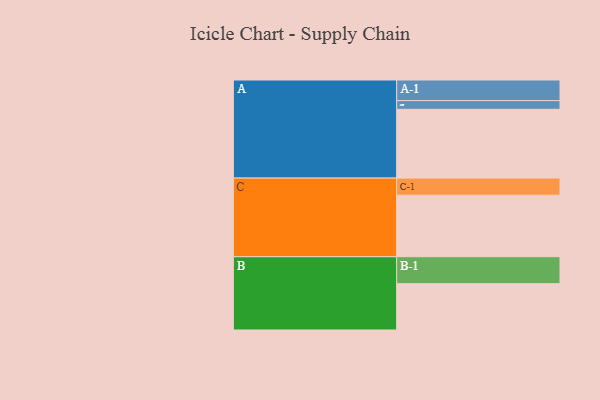
{"axis": {"x": "Segment", "y": "Value"}, "legend": ["", "A", "B", "C"], "data": [{"x": "A", "y": 474, "type": ""}, {"x": "B", "y": 319, "type": ""}, {"x": "C", "y": 424, "type": ""}, {"x": "A-1", "y": 142, "type": "A"}, {"x": "A-2", "y": 60, "type": "A"}, {"x": "B-1", "y": 186, "type": "B"}, {"x": "C-1", "y": 118, "type": "C"}]}